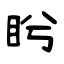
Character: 盻